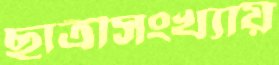
ছাত্রীসংখ্যায়